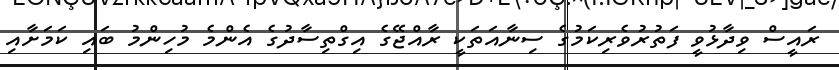
ރައީސް ވިދާޅުވީ ފަތުރުވެރިކަމުގެ ސިނާއަތަކީ ރާއްޖޭގެ އިގްތިސާދުގެ އެންމެ މުހިންމު ބައި ކަމަށާއި